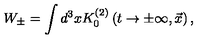
W _ { \pm } = \int d ^ { 3 } x K _ { 0 } ^ { ( 2 ) } \left( t \to \pm \infty , { \vec { x } } \right) ,